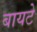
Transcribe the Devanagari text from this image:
बायटे